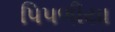
પિપળીયા